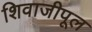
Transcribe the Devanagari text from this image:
शिवाजीपूल